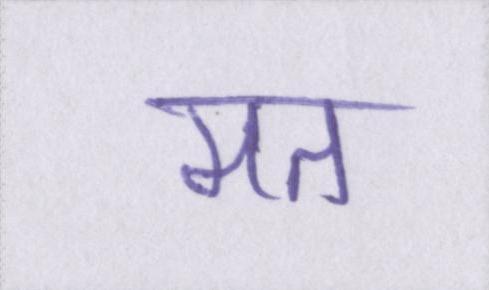
मत